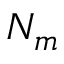
N _ { m }